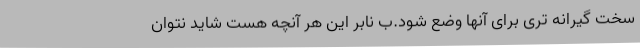
سخت گیرانه تری برای آنها وضع شود.ب نابر این هر آنچه هست شاید نتوان